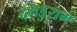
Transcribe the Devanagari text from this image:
दगडुराम